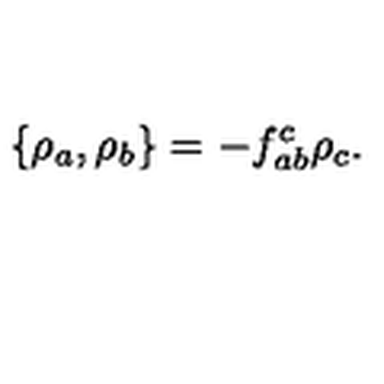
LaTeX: \{ \rho _ { a } , \rho _ { b } \} = - f _ { a b } ^ { c } \rho _ { c } .